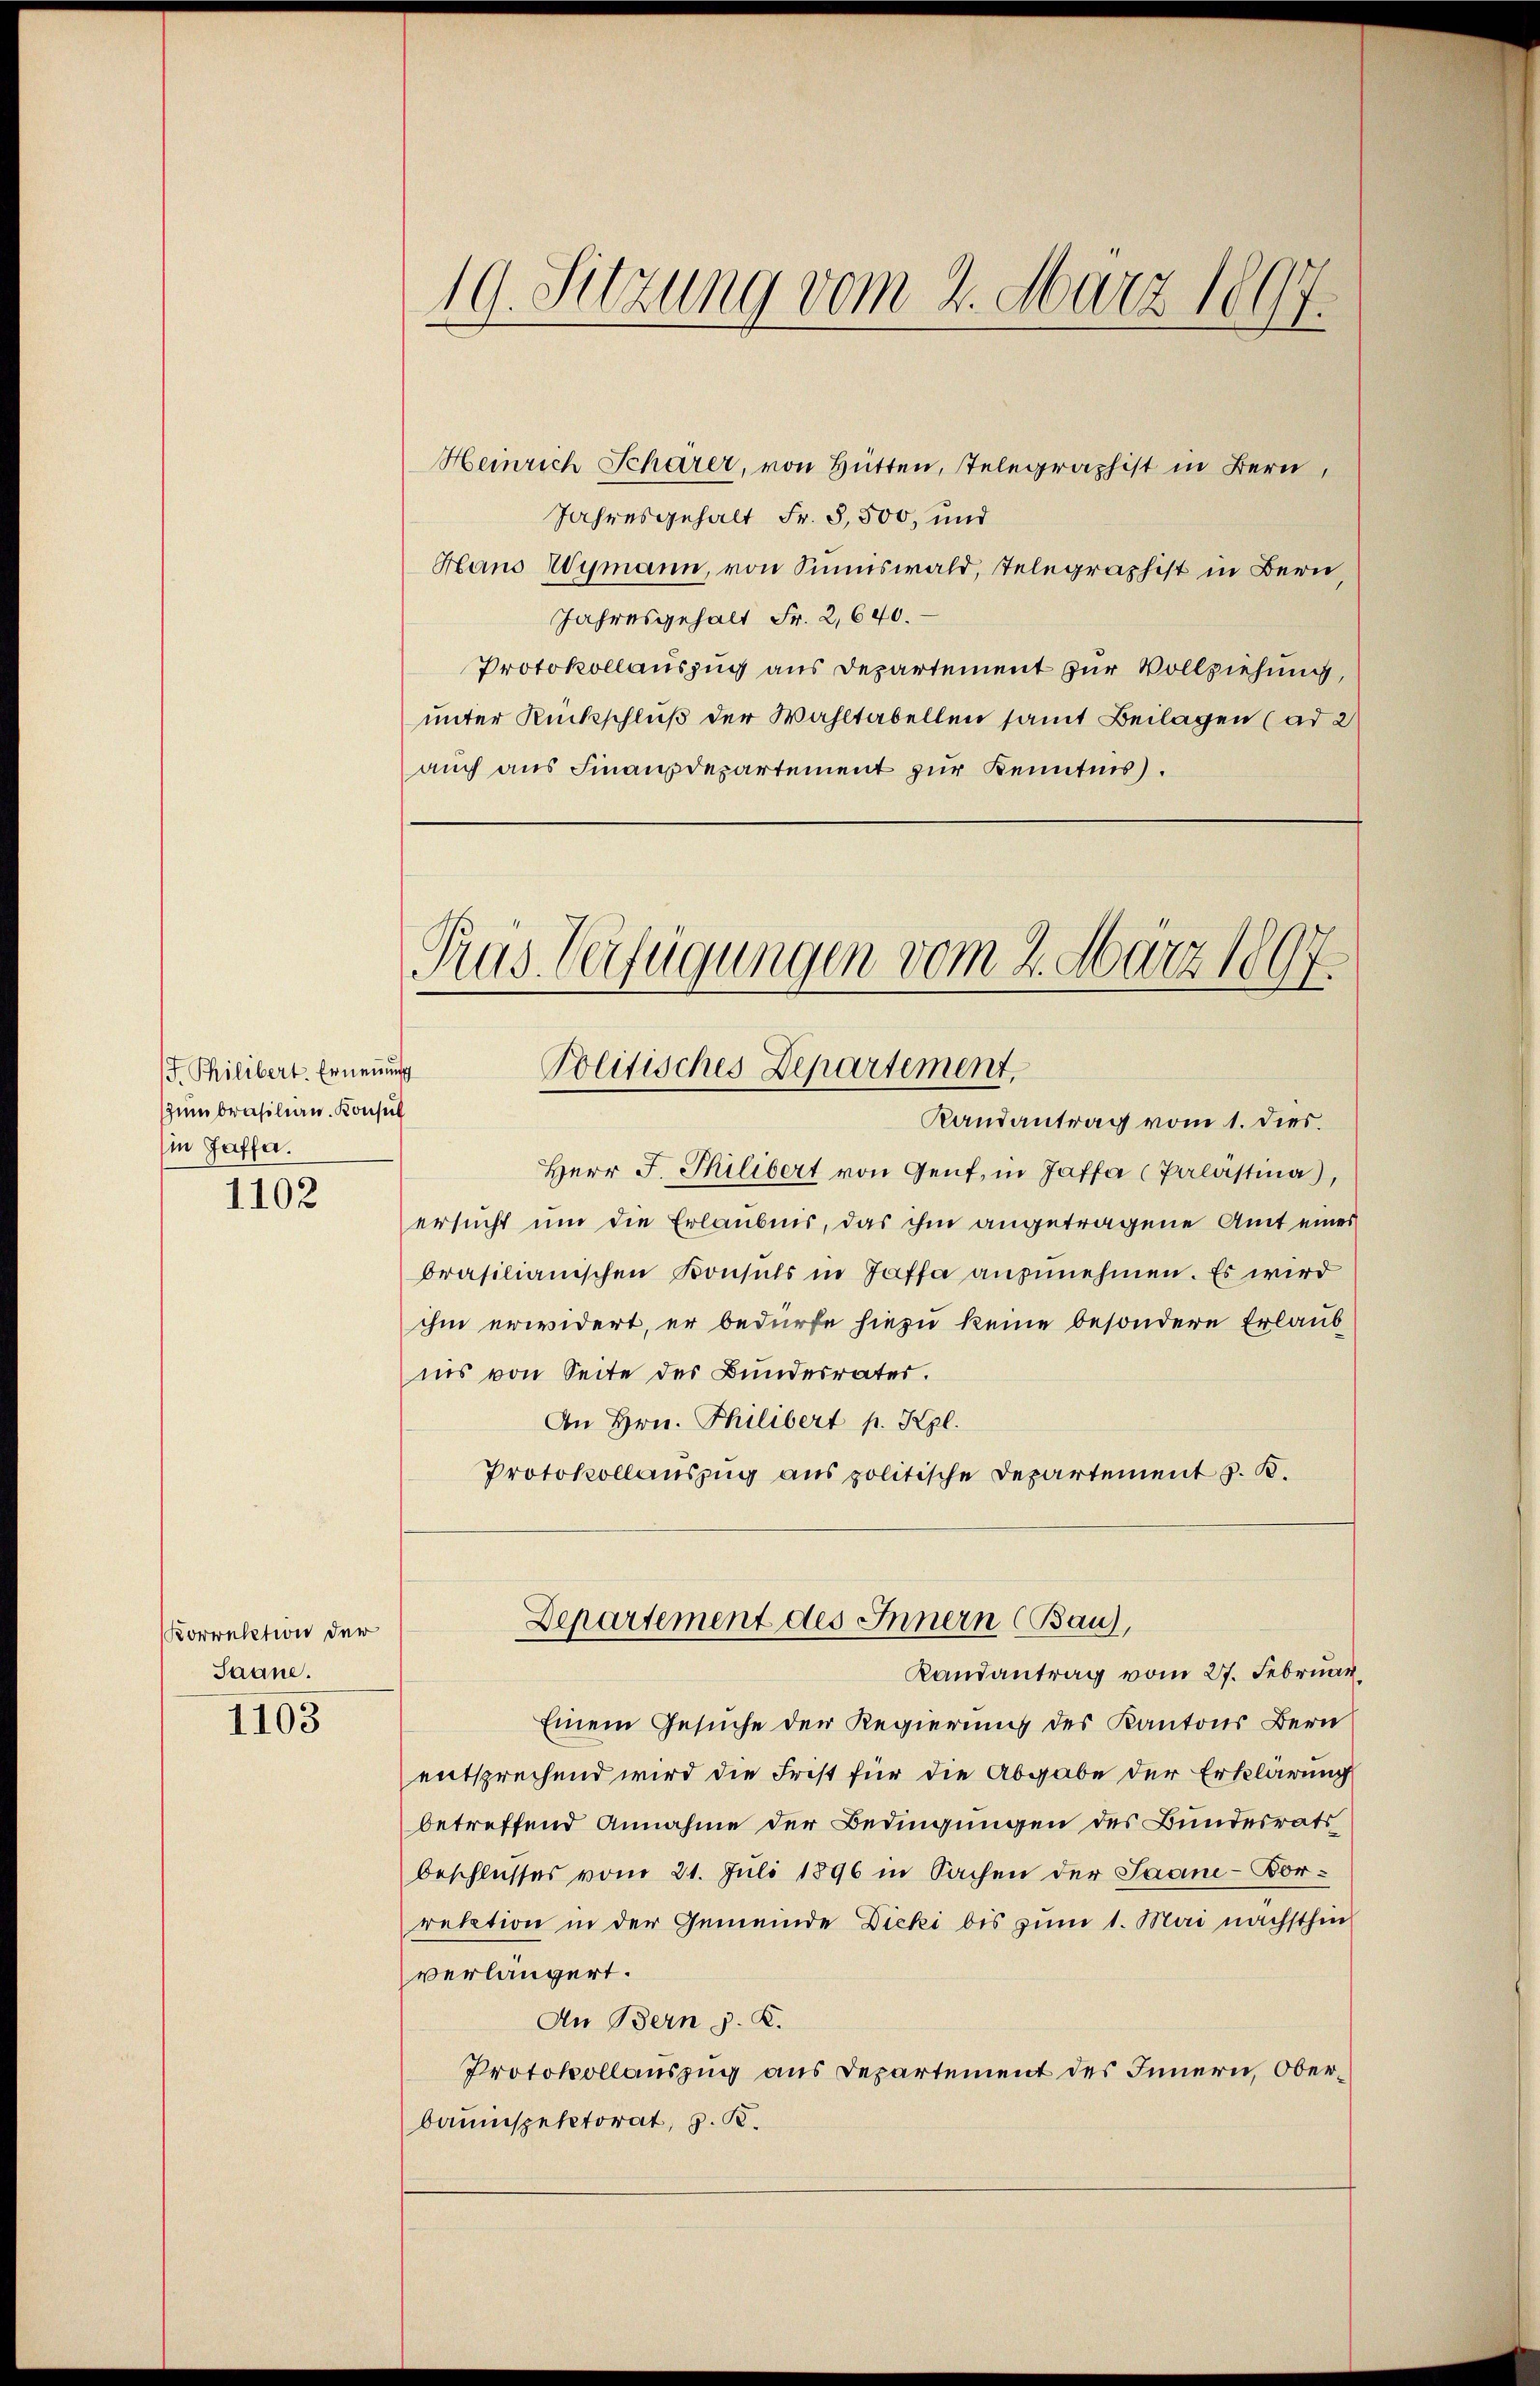
J. Philibert. Ernennung
zum Brasilian. Konsul
in Jaffa.

1102

Korrektion der
Saane.

1103

Heinrich Schärer, von Hütten, Telegraphist in Bern,
Jahresgehalt Fr. 3,500, und
Hans Wymann, von Sinnswald, Telegraphist in Bern
Jahresgehalt Fr. 2,640.
Protokollauszug aus Departement zur Vollziehung,
unter Rückschluß der Wahltabellen samt Beilagen (ad 2
auch aus Finanzdepartement zur Kenntnis.

19. Sitzung vom 2. März 1897.

Prus Verfügungen vom 2. März 1897
Politisches Departement,

Randantrag vom 1. dies
Herr F. Philibert von Genf, in Jaffa (Palastia,
ersucht um die Erlaubnis, das ihm angetragene Amt eines
brasilianischen Konsuls in Taffa anzunehmen. Es wird
ihm erwidert, er bedürfe hiezu keine besondere Erlaub
ins von Seite des Bundesrater.
An Hrn. Philibert p. Kgl.
Protokollauszug aus politische Departement z. B.
Einem Gesuche der Regierung des Kantons Bern
entsprechend wird die Frist für die Abgabe der Erklärung
betreffend Annahme der Bedingungen des Bundesrats
beschlusses vom 21. Juli 1896 in Sachen der Saane-Borretation in der Gemeinde Dicki bis zum 1. Mai nächsthin
verlängert.
An Bern J. K.
Protokollauszug aus Departement des Innern, Oberbauinspektorat, z. B.

Departement des Innern (Bau),
Randantrag vom 27. Februar,